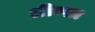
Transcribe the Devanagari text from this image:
धीम्सा